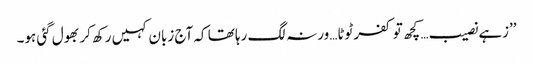
’’زہے نصیب… کچھ تو کفر ٹوٹا…ورنہ لگ رہا تھا کہ آج زبان کہیں رکھ کر بھول گئی ہو۔